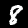
Label: 8